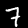
Label: 7